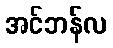
အင်ဘန်လ